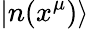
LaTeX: |n(x^{\mu})\rangle